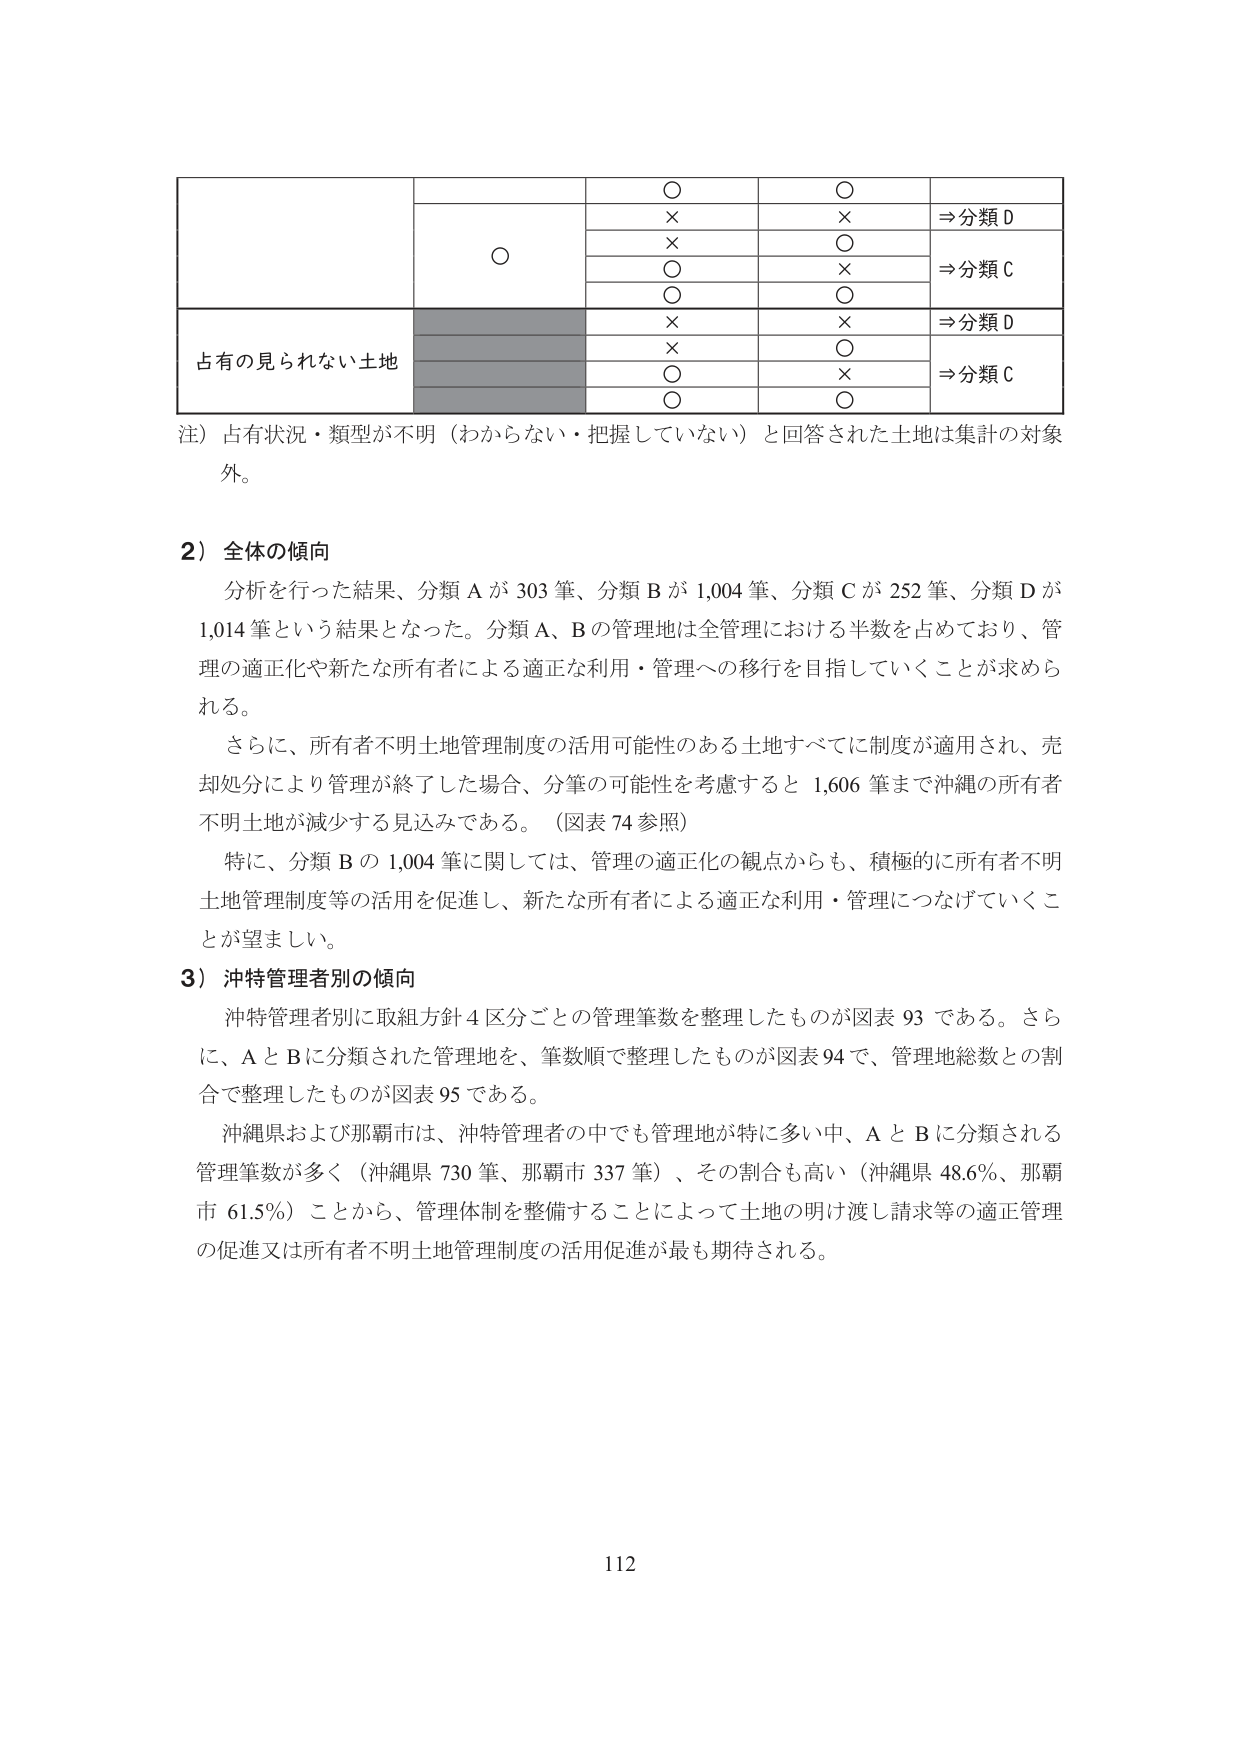
○
○
×
×
⇒分類D
×
○
○
×
⇒分類C
○
○
占有的見られない土地
×
×
⇒分類D
×
○
○
×
⇒分類C
○
○
注）占有状況・類型が不明（わからない・把握していない）と回答された土地は集計の対象外。

2）全体の傾向
分析を行った結果、分類Aが303筆、分類Bが1,004筆、分類Cが252筆、分類Dが1,014筆という結果となった。分類A、Bの管理地は全管理における半数を占めており、管理の適正化や新たな所有者による適正な利用・管理への移行を目指していくことが求められる。
さらに、所有者不明土地管理制度の活用可能性のある土地すべてに制度が適用され、売却処分により管理が終了した場合、分筆の可能性を考慮すると1,606筆まで沖縄の所有者不明土地が減少する見込みである。（図表74参照）
特に、分類Bの1,004筆に関しては、管理の適正化の観点からも、積極的に所有者不明土地管理制度等の活用を促進し、新たな所有者による適正な利用・管理につなげていくことが望ましい。

3）沖特管理者別の傾向
沖特管理者別に取組方針4区分ごとの管理筆数を整理したものが図表93である。さらに、AとBに分類された管理地を、筆数順で整理したものが図表94で、管理地総数との割合で整理したものが図表95である。
沖縄県および那覇市は、沖特管理者の中でも管理地が特に多い中、AとBに分類される管理筆数が多く（沖縄県730筆、那覇市337筆）、その割合も高い（沖縄県48.6％、那覇市61.5％）ことから、管理体制を整備することによって土地の明け渡し請求等の適正管理の促進又は所有者不明土地管理制度の活用促進が最も期待される。

112